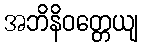
အဘိနိဝတ္တေယျ